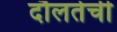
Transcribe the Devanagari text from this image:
दौलतेची